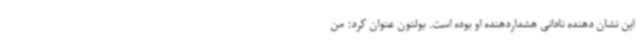
این نشان دهنده نادانی هشداردهنده او بوده است. بولتون عنوان کرد: من